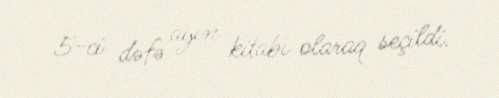
5-ci dəfə ayın kitabı olaraq seçildi.